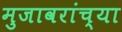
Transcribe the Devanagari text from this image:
मुजावरांच्या